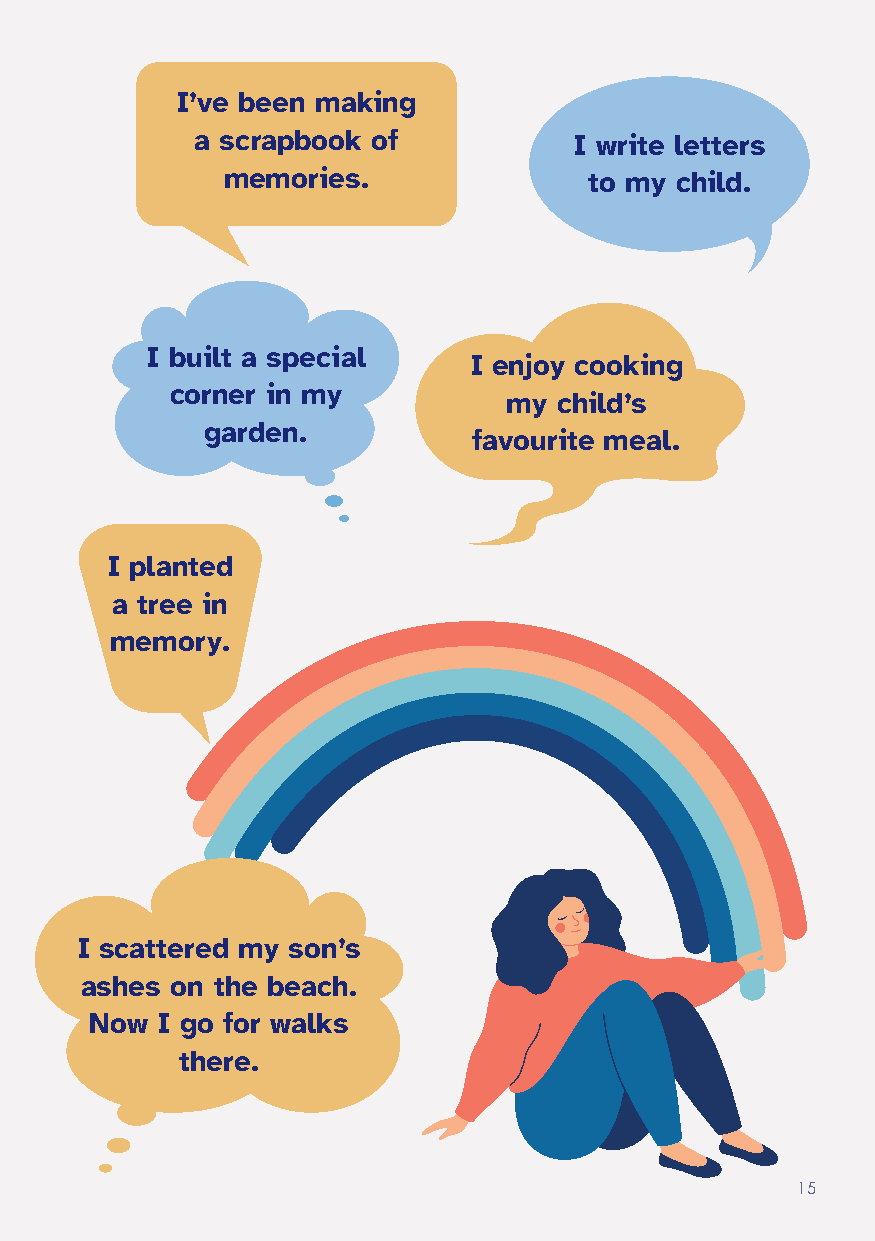
I’ve been making
 a scrapbook of           I write letters
 memories.               to my child.
 I built a special
 I enjoy cooking
 corner in my
 my  child’s
 garden.
 favourite meal.
 I planted
 a tree in
 memory.
 I scattered my son’s
 ashes on the beach.
 Now I go for walks
 there.
 15